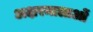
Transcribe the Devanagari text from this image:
अक्षरमालाओं